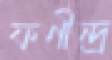
ফণীন্দ্র